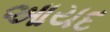
આયદ